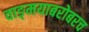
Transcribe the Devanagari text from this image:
वाङ्‌मयाबरोबरच